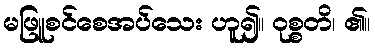
မဖြူစင်စေအပ်သေး ဟူ၍။ ဝုစ္စတိ၊ ၏။